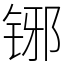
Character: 铘